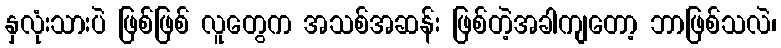
နှလုံးသားပဲ ဖြစ်ဖြစ် လူတွေက အသစ်အဆန်း ဖြစ်တဲ့အခါကျတော့ ဘာဖြစ်သလဲ၊